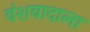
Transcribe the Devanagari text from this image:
वंशवादाला